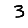
Digit: 3